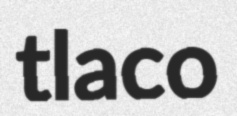
tlaco